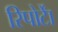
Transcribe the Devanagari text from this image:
रिपोर्टाें